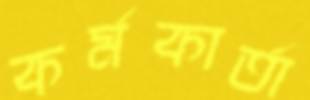
কর্মকার্তা